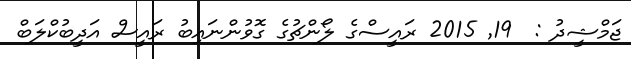
ޖަމްޝީދު :  19